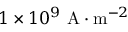
1 \times 1 0 ^ { 9 } \, \, \mathrm { A } \cdot \mathrm { m } ^ { - 2 }